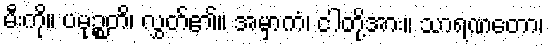
မီးကို။ ပမုဉ္စတိ၊ လွှတ်၏။ အမှာကံ၊ ငါတို့အား။ သာရဏတော၊